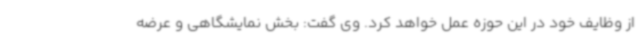
از وظایف خود در این حوزه عمل خواهد کرد. وی گفت: بخش نمایشگاهی و عرضه